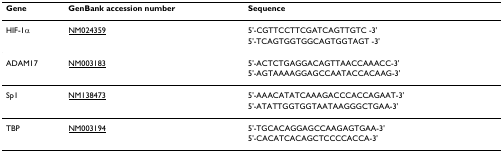
| Gene | GenBank accession number | Sequence |
 | --- | --- | --- |
 | HIF-1α | NM024359 | 5'-CGTTCCTTCGATCAGTTGTC -3' |
 |  |  | 5'-TCAGTGGTGGCAGTGGTAGT -3' |
 | ADAM17 | NM003183 | 5'-ACTCTGAGGACAGTTAACCAAACC-3' |
 |  |  | 5'-AGTAAAAGGAGCCAATACCACAAG-3' |
 | Sp1 | NM138473 | 5'-AAACATATCAAAGACCCACCAGAAT-3' |
 |  |  | 5'-ATATTGGTGGTAATAAGGGCTGAA-3' |
 | TBP | NM003194 | 5'-TGCACAGGAGCCAAGAGTGAA-3' |
 |  |  | 5'-CACATCACAGCTCCCCACCA-3' |